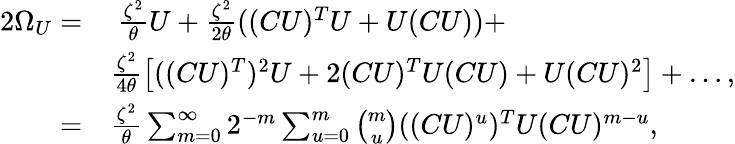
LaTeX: \begin{array}{rl}{2\Omega_{U}=}&{\ \frac{\zeta^{2}}{\theta}U+\frac{\zeta^{2}}{2\theta}((CU)^{T}U+U(CU))+}\\ &{\frac{\zeta^{2}}{4\theta}\left[((CU)^{T})^{2}U+2(CU)^{T}U(CU)+U(CU)^{2}\right]+\ldots,}\\ {=}&{\frac{\zeta^{2}}{\theta}\sum_{m=0}^{\infty}{2^{-m}\sum_{u=0}^{m}{\binom{m}{u}((CU)^{u})^{T}U(CU)^{m-u}}},}\end{array}